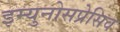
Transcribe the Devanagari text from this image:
इम्युनोसप्रेसिव